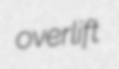
overlift